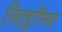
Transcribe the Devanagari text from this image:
सिड्रॉम्स